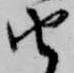
由